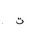
Letter: _ta